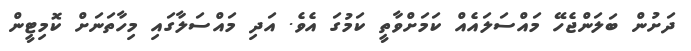
ދަށުން ބަލަންޖެހޭ މައްސަލައެއް ކަމަށްވާތީ ކަމުގަ އެވެ. އަދި މައްސަލާގައި މިހާތަނަށް ކޮމިޓީން